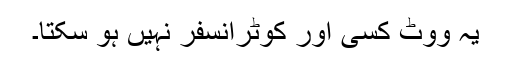
یہ ووٹ کسی اور کوٹرانسفر نہیں ہو سکتا۔